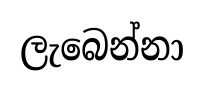
ලැබෙන්නා